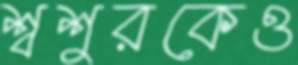
শ্বশুরকেও